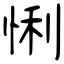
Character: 悧